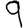
Digit: 9